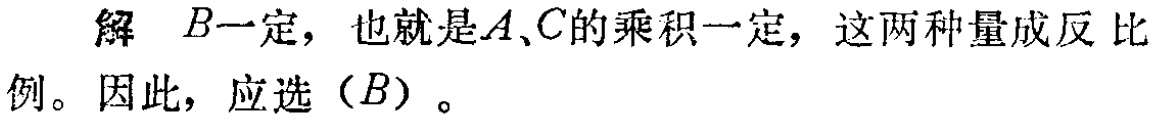
解 \(B\)一定，也就是\(A\)、\(C\)的乘积一定，这两种量成反比例。因此，应选（\(B\)）。